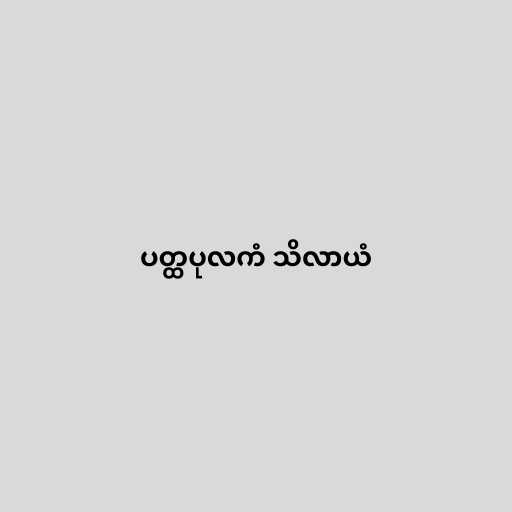
ပတ္ထပုလကံ သိလာယံ